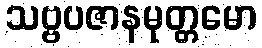
သဗ္ဗပဇာနမုတ္တမော